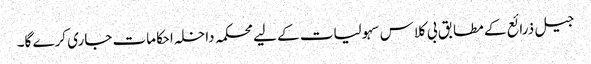
جیل ذرائع کے مطابق بی کلاس سہولیات کے لیے محکمہ داخلہ احکامات جاری کرے گا۔